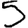
Digit: 5